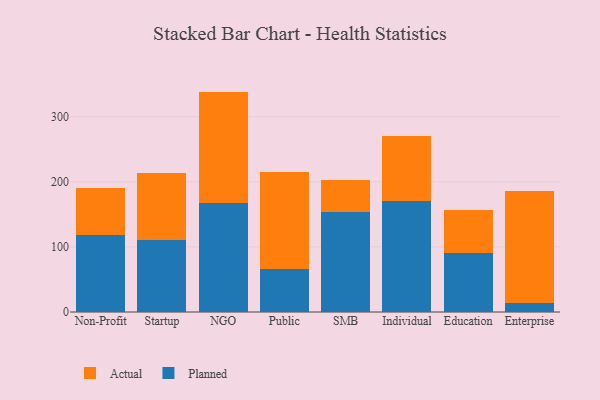
{"axis": {"x": "Segment", "y": "Gross Profit (USD K)"}, "legend": ["Actual", "Planned"], "data": [{"x": "Non-Profit", "y": 117.9, "type": "Planned"}, {"x": "Non-Profit", "y": 72.4, "type": "Actual"}, {"x": "Startup", "y": 111.3, "type": "Planned"}, {"x": "Startup", "y": 102.8, "type": "Actual"}, {"x": "NGO", "y": 168.1, "type": "Planned"}, {"x": "NGO", "y": 170.5, "type": "Actual"}, {"x": "Public", "y": 66.3, "type": "Planned"}, {"x": "Public", "y": 148.4, "type": "Actual"}, {"x": "SMB", "y": 153.5, "type": "Planned"}, {"x": "SMB", "y": 48.6, "type": "Actual"}, {"x": "Individual", "y": 170.4, "type": "Planned"}, {"x": "Individual", "y": 100.1, "type": "Actual"}, {"x": "Education", "y": 91.0, "type": "Planned"}, {"x": "Education", "y": 66.4, "type": "Actual"}, {"x": "Enterprise", "y": 13.8, "type": "Planned"}, {"x": "Enterprise", "y": 171.5, "type": "Actual"}]}